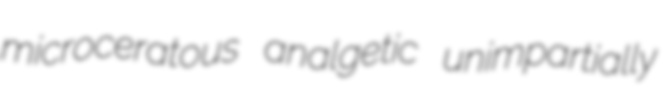
microceratous analgetic unimpartially